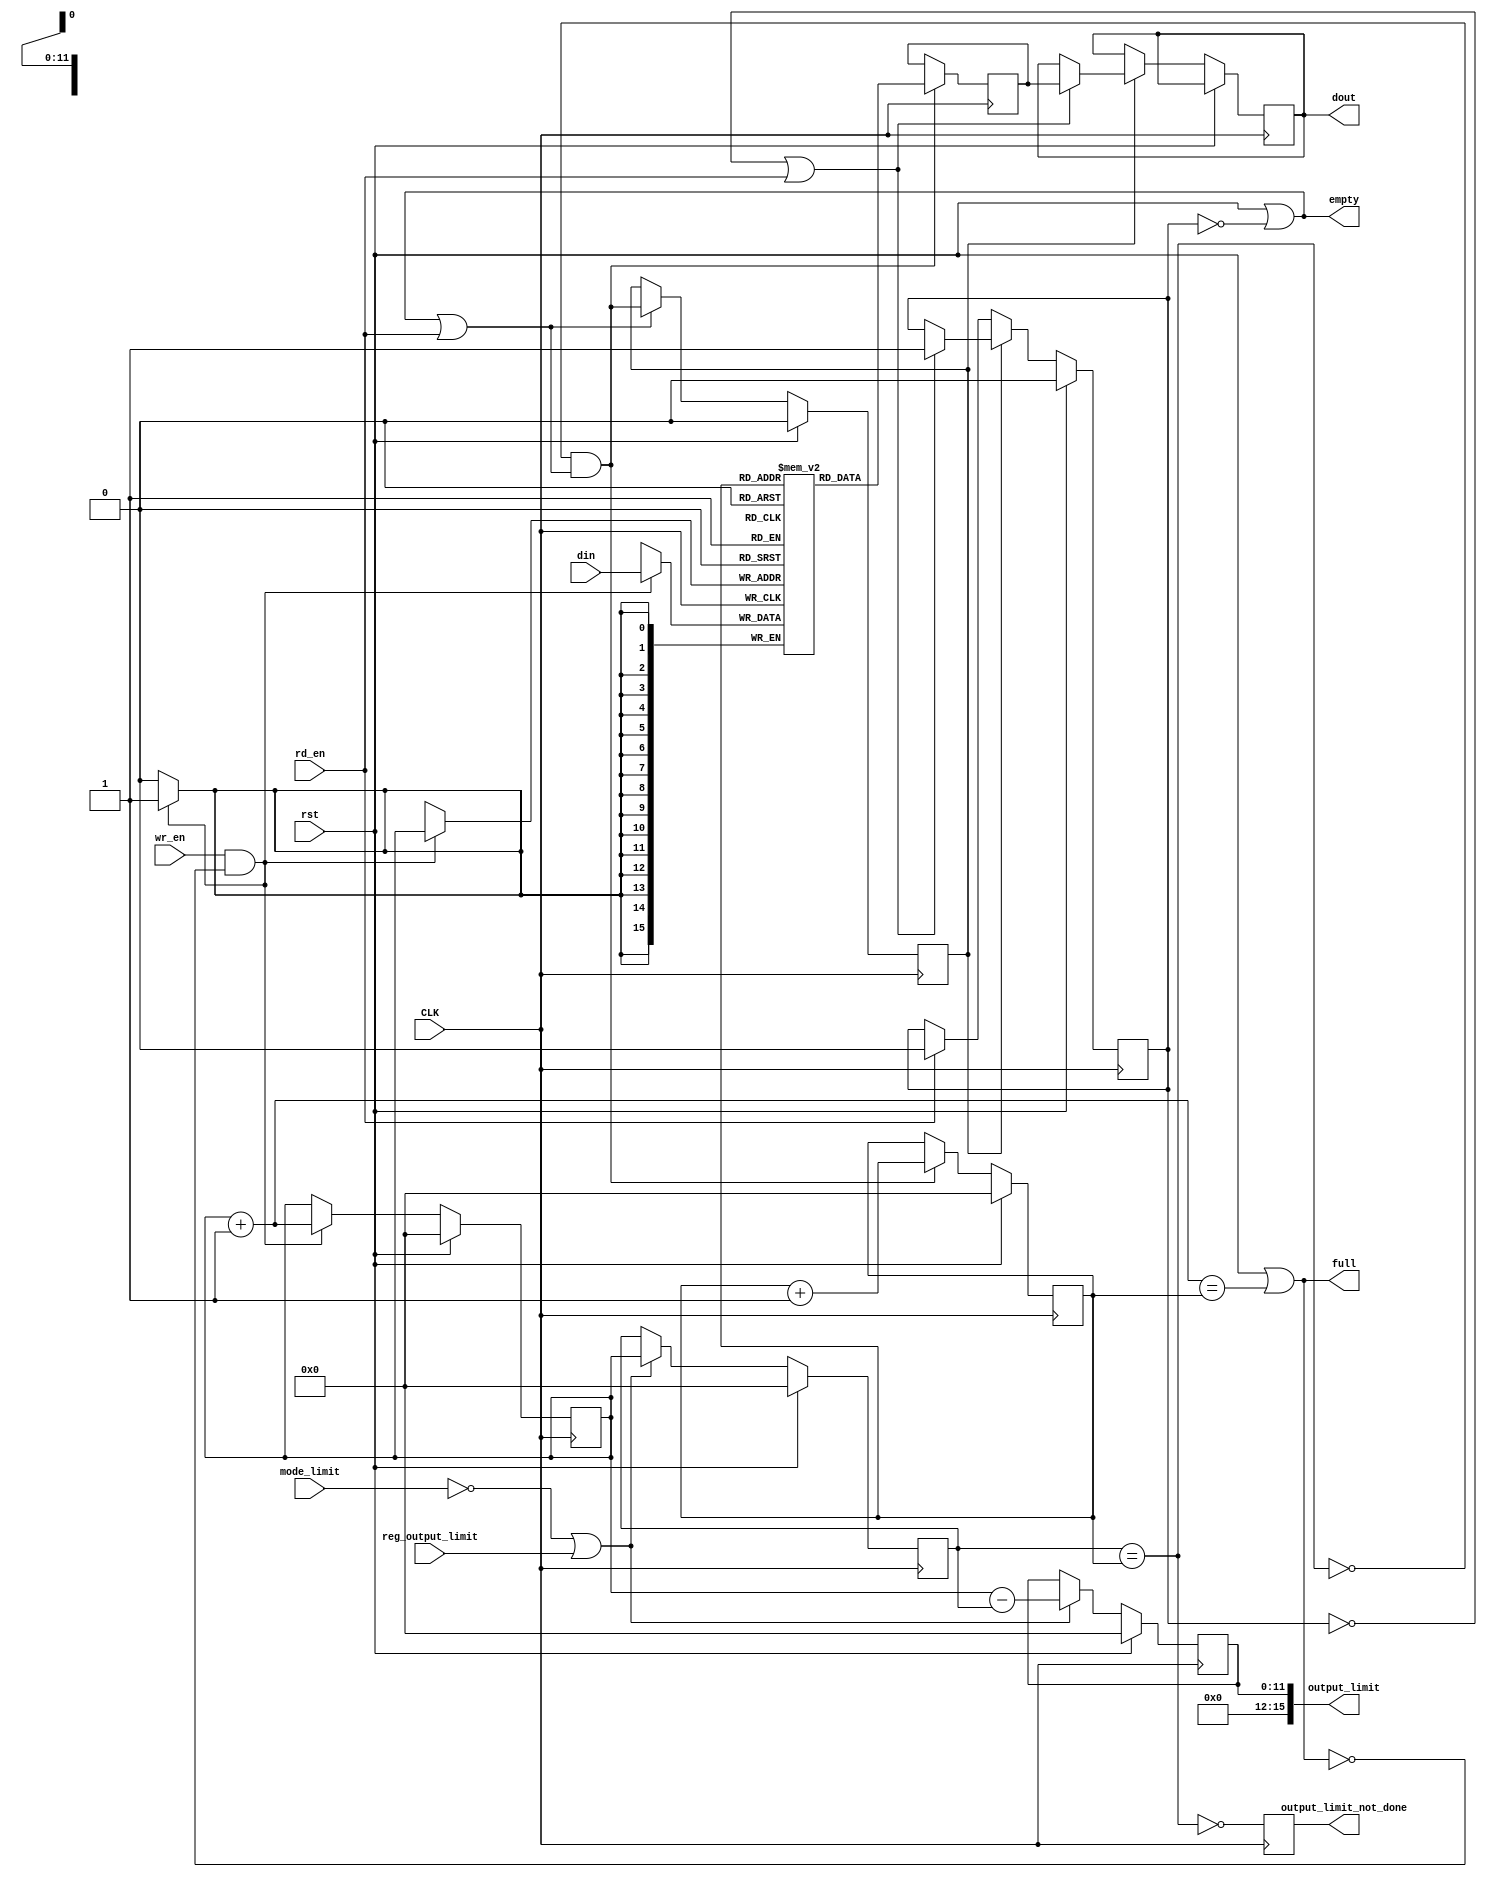
`timescale 1ns / 1ps
/*
 * This software is Copyright (c) 2016 Denis Burykin
 * [denis_burykin yahoo com], [denis-burykin2014 yandex ru]
 * and it is hereby released to the general public under the following terms:
 * Redistribution and use in source and binary forms, with or without
 * modification, are permitted.
 *
 *
 * Output Limit FIFO (high-speed output).
 *
 * Features:
 *
 * - Configurable width and depth
 * - 1st word Fall-Through
 * - Does not output on its own (reports EMPTY) when mode_limit == 1.
 *
 * - When reg_output_limit asserted:
 * -- Reports amount ready for output (output_limit) in WIDTH-bit words
 * -- Starts output of that amount, asserts output_limit_not_done
 * -- Deasserts output_limit_not_done when finished
 *
 * - Does not require extra components from IP Coregen
 * - The design is unable for asynchronous operation
 * - Size equals to RAM size minus 1 word.
 *
 */

module output_limit_fifo #(
	// ADDR_MSB==11 : 8 Kbytes
	parameter ADDR_MSB = 11,
	parameter WIDTH = 16
	)(
	input rst,
	input CLK,

	input [WIDTH-1:0] din,
	input wr_en,
	output full,

	output [WIDTH-1:0] dout,
	input rd_en,
	output empty,

	input mode_limit, // turn on output limit
	input reg_output_limit,
	output [15:0] output_limit,
	output reg output_limit_not_done
	);

	reg [ADDR_MSB:0] addra = 0;
	reg [ADDR_MSB:0] output_limit_addr = 0;
	reg [ADDR_MSB:0] output_limit_r = 0;
	reg [ADDR_MSB:0] addrb = 0;

	// 1st Word Fall-Through
	reg wft = 0;
	assign empty = rst || ~wft;

	assign output_limit = { {15-ADDR_MSB{1'b0}}, output_limit_r };

	assign full = rst || (addra + 1'b1 == addrb);
	wire ena = wr_en && !full;

	always @(posedge CLK) begin
		if (rst) begin
			addra <= 0;
			output_limit_addr <= 0;
			output_limit_r <= 0;
		end
		else begin
			if (ena) begin
				addra <= addra + 1'b1;
			end

			if (!mode_limit || reg_output_limit) begin
				output_limit_addr <= addra;
				output_limit_r <= addra - output_limit_addr;
			end
		end // ~rst
	end

	wire ram_empty_or_limit = (output_limit_addr == addrb);

	wire enb = (!ram_empty_or_limit && (empty || rd_en));
	reg enb_r = 0;

	wire [15:0] ram_out;
	reg [15:0] dout_r;
	assign dout = dout_r;

	always @(posedge CLK) begin
		if (rst) begin
			addrb <= 0;
			wft <= 0;
			enb_r <= 0;
		end
		else begin
			if (empty || rd_en)
				enb_r <= enb;

			if (enb) begin
				addrb <= addrb + 1'b1;
			end

			if (enb_r) begin
				if (!wft || rd_en) begin
					wft <= 1;
					dout_r <= ram_out;
				end
			end // enb_r
			else if (rd_en)
				wft <= 0;
		end // ~rst

		output_limit_not_done <= ~ram_empty_or_limit;
	end


	(* RAM_STYLE = "BLOCK" *)
	reg [WIDTH-1:0] ram [2**(ADDR_MSB+1)-1:0];
	reg [WIDTH-1:0] ram_out_r;
	assign ram_out = ram_out_r;

	always @(posedge CLK) begin
		if (ena)
			ram[addra] <= din;
		if (enb)
			ram_out_r <= ram[addrb];
	end

endmodule